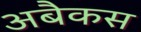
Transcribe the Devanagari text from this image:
अबैकस